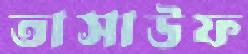
তাসাউফ